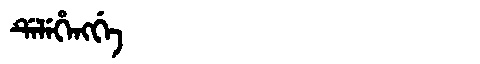
Manchu: ᡩᡝᠯᡝᡥᡝᠩᡤᡝ
Romanization: DELEHENGGE